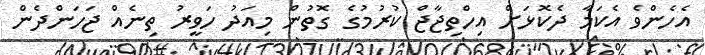
އެހެންވެ އެކަމާ ދެކޮޅަށް އިހްތިޖާޖް ކުރުމުގެ ގޮތުން މިއަދު ހަވީރު ތިނެއް ޖަހަންދެން